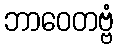
ဘာဝေတဗ္ဗံ